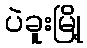
ပဲခူးမြို့